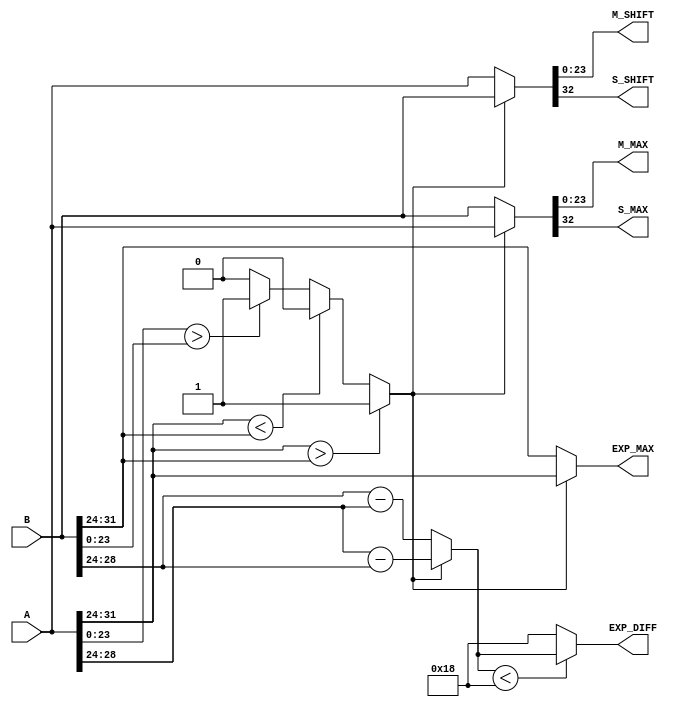
`timescale 1ns / 1ps

module comparator(
    input [32:0] A,
    input [32:0] B,
    output [7:0] EXP_MAX, //Largest Exponent
    output [23:0] M_MAX, //Largest Mantissa
    output [23:0] M_SHIFT, //Largest to shift
    output S_MAX,
    output S_SHIFT,
    output [4:0] EXP_DIFF // Difference b/w the exponent
    );
    reg [7:0] EA, EB, Emax;
    reg [23:0] MA, MB;
    reg C;
    reg [4:0] Diff, Ediff;
    reg [32:0] MAX, SHIFT;
    
    always@* begin
        EA = A[31:24];
        EB = B[31:24];
        MA = A[23:0];
        MB = B[23:0];
        
        //C
        if(EA > EB) C = 1;
        else if(EA < EB) C = 0;        
        else if(MA > MB) C = 1;
        else C = 0;
        
        //Emax
        Emax = (C == 1) ? EA : EB;
        
        //Diff
        Diff = (C == 1) ? (EA - EB) : (EB - EA);
        
        //Shift_diff
        Ediff = (Diff < 24) ? Diff : 24;
        
        //In_Max and In_shift
        if(C == 1) begin
            MAX  = A;
            SHIFT = B;
        end
        
        else begin
            MAX = B;
            SHIFT = A;
        end
    end
    
    assign M_SHIFT = SHIFT[23:0];
    assign M_MAX = MAX[23:0];
    assign EXP_MAX = Emax;
    assign EXP_DIFF = Ediff;
    assign S_SHIFT = SHIFT[32];
    assign S_MAX = MAX[32];
endmodule